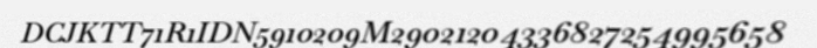
DCJKTT71R1IDN5910209M29021204336827254995658